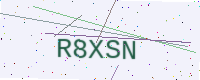
Text: R8XSN